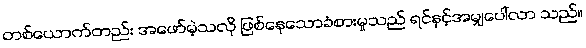
တစ်ယောက်တည်း အဖော်မဲ့သလို ဖြစ်နေသောခံစားမှုသည် ရင်နှင့်အမျှပေါ်လာ သည်။